Leaving Certificate, 1897
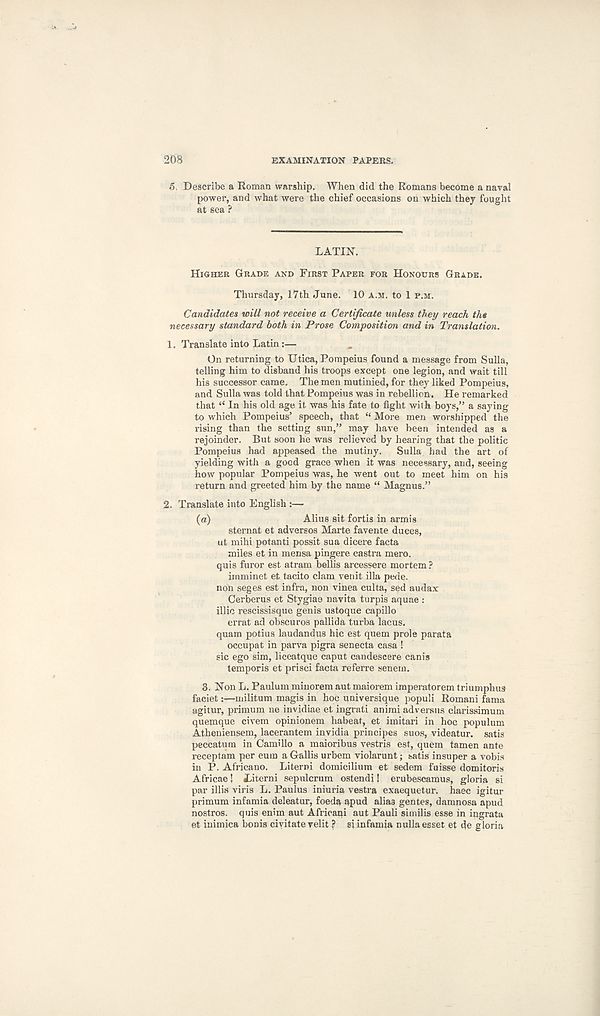
208
EXAMINATION PAPERS.
5, Describe a Roman warship. When did the Romans become a naval
power, and what were the chief occasions on which they fought
at sea ?
LATIN.
HIGHER GRADE AND FIRST PAPER FOR HONOURS GRADE.
Thursday, 17th June. 10 A.M. to 1 P.M.
Candidates will not receive a Certificate unless they reach the
necessary standard both in Prose Composition and in Translation.
1.
Translate into
On returning to Utica, Pompeius found a message from Sulla,
telling him to disband his troops except one legion, and wait till
his successor came. The men mutinied, for they liked Pompeius,
and Sulla was told that Pompeius was in rebellion. He remarked
that “ In his old age it was his fate to fight with boys,” a saying
to which Pompeius’ speech, that “ More men worshipped the
rising than the setting sun,” may have been intended as a
rejoinder. But soon he was relieved by hearing that the politic
Pompeius had appeased the mutiny.
Sulla had the art of
yielding with a good grace when it was necessary, and, seeing
how popular Pompeius was, he went out to meet him on his
return and greeted him by the name “ Magnus.”
2.
Translate into En
(a)
Alius sit fortis in armis
sternat et adversos Marte favente duces,
ut mihi potanti possit sua dicere facta
miles et in mensa pingere castra mero.
quis furor est atram bellis arcessere mortem ?
irnminet et tacito clam venit ilia pede.
non seges est infra, non vinea culta, sed audax
Cerberus et Stygiae navita turpis aquae :
illic rescissisque genis ustoque capillo
errat ad obscuros pallida turba lacus.
quam potius laudandus hie est quern prole parata
occupat in parva pigra senecta casa !
sic ego sim, liceatque caput candescere canis
temporis et prisci facta referre senem.
3.
N
faciet:—militum magis in hoc universique populi Romani fama
agitur, primum ne invidiae et ingrati animi adversus clarissimum
quemque civem opinionem habeat, et imitari in hoc populum
Atheniensem, lacerantem invidia principes sues, videatur. satis
peccatum in Camillo a maioribus vestris est, quem tamen ante
receptam per eum a Gallis urbem violarunt; satis insuper a vobis
in P. Africano. Literni domicilium et sedem fuisse domitoris
Africae! Literni sepulcrum ostendi! erubescamus, gloria si
par illis viris L. Paulus iniuria vestra exaequetur. haec igitur
primum infamia deleatur, foeda apud alias gentes, damnosa apud
nostros, quis enim aut Afrioani aut Pauli similis esse in ingrata
et inimica bonis civitate velit ? si infamia nulla esset et de gloria